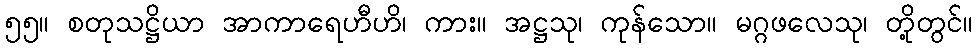
၅၅။ စတုသဋ္ဌိယာ အာကာရေဟီဟိ၊ ကား။ အဋ္ဌသု၊ ကုန်သော။ မဂ္ဂဖလေသု၊ တို့တွင်။